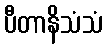
ပီတာနိသံသံ